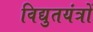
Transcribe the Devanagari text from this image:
विद्युतयंत्रों